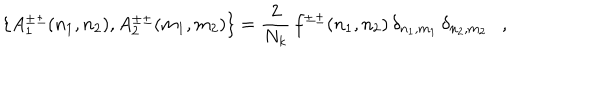
LaTeX: \{ A _ { 1 } ^ { \pm \pm } ( n _ { 1 } , n _ { 2 } ) , A _ { 2 } ^ { \pm \pm } ( m _ { 1 } , m _ { 2 } ) \} = \frac { 2 } { N _ { k } } \, f ^ { \pm \pm } ( n _ { 1 } , n _ { 2 } ) \, \delta _ { n _ { 1 } , m _ { 1 } } \, \delta _ { n _ { 2 } , m _ { 2 } } \ \ \ ,